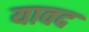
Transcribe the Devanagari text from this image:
यावद